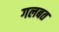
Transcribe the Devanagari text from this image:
गलबत